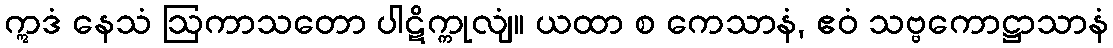
ဣဒံ နေသံ ဩကာသတော ပါဋိက္ကုလျံ။ ယထာ စ ကေသာနံ, ဧဝံ သဗ္ဗကောဋ္ဌာသာနံ